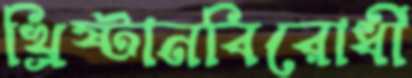
খ্রিষ্টানবিরোধী